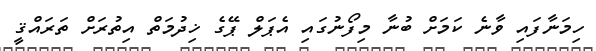
ހިމަނާފައި ވާނެ ކަމަށް ބުނާ މިފޯނުގައި އެޕަލް ޕޭގެ ޚިދުމަތް އިތުރަށް ތަރައްޤީ